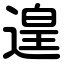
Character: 遑